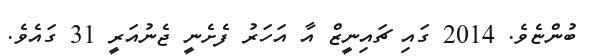
ބުންޏެވެ. 2014 ގައި ޗައިނީޒް އާ އަހަރު ފެށެނީ ޖެނުއަރީ 31 ގައެވެ.